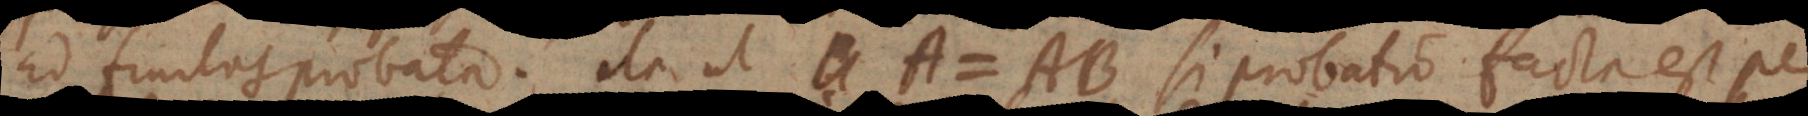
ad finitos probata. Ita ut A = AB si probatio facta est per